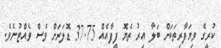
ކުރީގެ ވިޔަފާރިތަކަށް ބަލާ އިރު ތެޔޮ ފީފާއެއް 37.75 ޑޮލަރަށް ވެސް ވެއްޓުނެވެ.